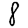
Digit: 8